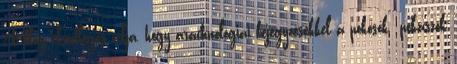
A blog elsődleges célja, hogy arachnológiai bejegyzésekkel a pókosok pókászok